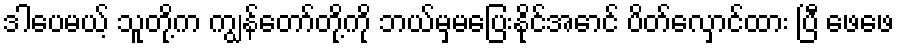
ဒါပေမယ့် သူတို့က ကျွန်တော်တို့ကို ဘယ်မှမပြေးနိုင်အောင် ပိတ်လှောင်ထား ပြီ ဖေဖေ